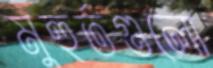
মুহুর্তগুলো